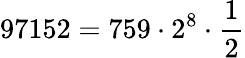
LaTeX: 97152=759\cdot 2^{8}\cdot{\frac{1}{2}}